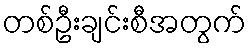
တစ်ဦးချင်းစီအတွက်